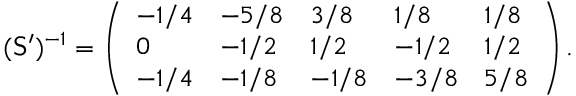
( \mathsf { S } ^ { \prime } ) ^ { - 1 } = \left( \begin{array} { l l l l l } { - 1 / 4 } & { - 5 / 8 } & { 3 / 8 } & { 1 / 8 } & { 1 / 8 } \\ { 0 } & { - 1 / 2 } & { 1 / 2 } & { - 1 / 2 } & { 1 / 2 } \\ { - 1 / 4 } & { - 1 / 8 } & { - 1 / 8 } & { - 3 / 8 } & { 5 / 8 } \end{array} \right) .